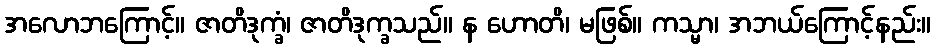
အလောဘကြောင့်။ ဇာတိဒုက္ခံ၊ ဇာတိဒုက္ခသည်။ န ဟောတိ၊ မဖြစ်။ ကသ္မာ၊ အဘယ်ကြောင့်နည်း။